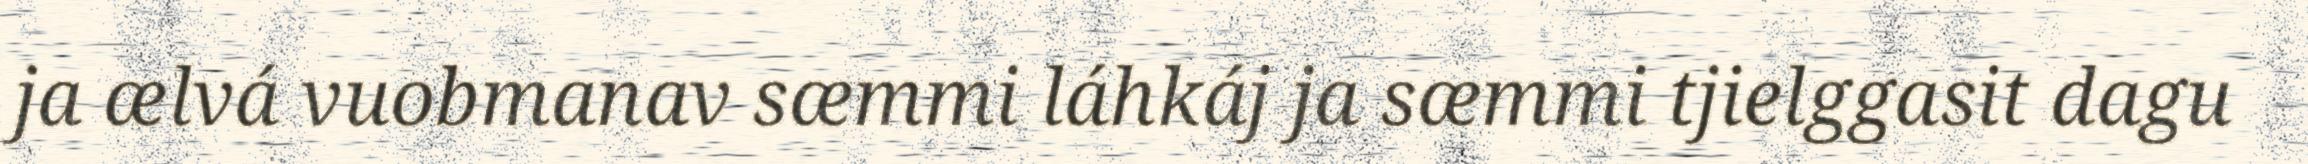
ja ælvá vuobmanav sæmmi láhkáj ja sæmmi tjielggasit dagu